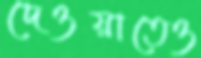
দেওয়াতেও